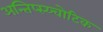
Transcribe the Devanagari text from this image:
अन्तिप्स्य्चोटिक